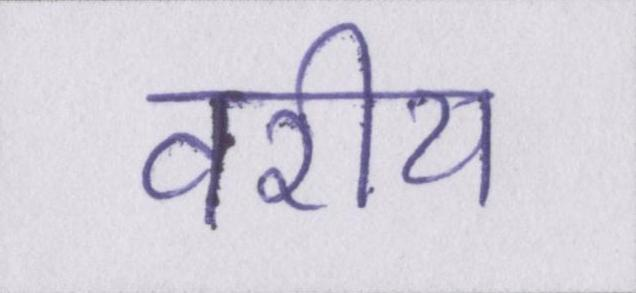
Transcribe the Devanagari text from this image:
वरीय